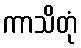
ကာသိတုံ